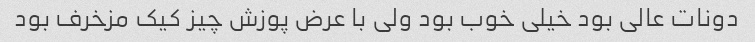
دونات عالی بود خیلی خوب بود ولی با عرض پوزش چیز کیک مزخرف بود